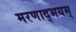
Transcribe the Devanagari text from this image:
मरणाद्भयम्